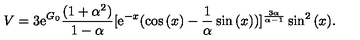
V = 3 \mathrm { e } ^ { G _ { 0 } } \frac { ( 1 + \alpha ^ { 2 } ) } { 1 - \alpha } [ \mathrm { e } ^ { - x } ( \cos { ( x ) } - \frac { 1 } { \alpha } \sin { ( x ) } ) ] ^ { \frac { 3 \alpha } { \alpha - 1 } } \sin ^ { 2 } { ( x ) } .